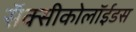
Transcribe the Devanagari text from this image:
सॅक्सीकोलॉईडस